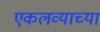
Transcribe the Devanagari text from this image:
एकलव्याच्या